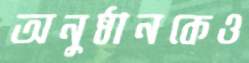
অনুষ্ঠানকেও